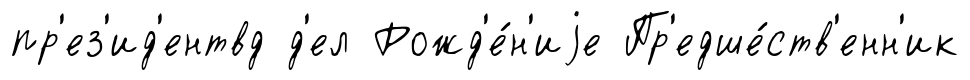
пр'ез'ид'ентвд д'ел Рожд'е́н'иjе Пр'едше́ств'енн'ик